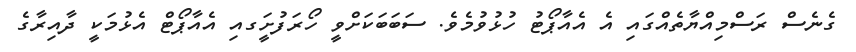
ގެނެސް ރަސްމިއްޔާތެއްގައި އެ އެއާޕޯޓު ހުޅުވުމެވެ. ސަބަބަކަށްވީ ހޯރަފުށީަގއި އެއާޕޯޓް އެޅުމަކީ ދާއިރާގެ